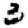
Digit: 3